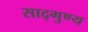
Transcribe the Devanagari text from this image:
साद्गुण्य